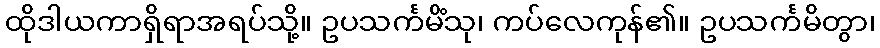
ထိုဒါယကာရှိရာအရပ်သို့။ ဥပသင်္ကမိံသု၊ ကပ်လေကုန်၏။ ဥပသင်္ကမိတွာ၊